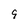
Character: 9